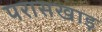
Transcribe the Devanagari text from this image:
परासखाड़